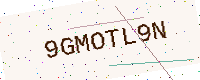
Text: 9GMOTL9N